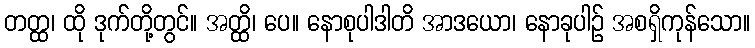
တတ္ထ၊ ထို ဒုက်တို့တွင်။ အတ္ထိ၊ ပေ။ နောစုပါဒါတိ အာဒယော၊ နောခုပါဉ် အစရှိကုန်သော။